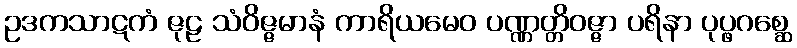
ဥဒကသာဋကံ ဇုဠ သံဝိဇ္ဇမာနံ ကာရိယမေဝ ပဏ္ဏတ္တိဝဇ္ဇာ ပရိနာ ပုပ္ဖဂစ္ဆေ